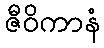
ဇီဝိကာနံ